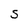
Character: 5